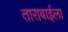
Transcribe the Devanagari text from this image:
ताराबाईला